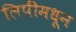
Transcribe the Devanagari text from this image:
लिपींमधून